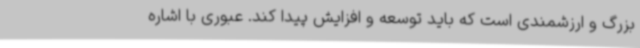
بزرگ و ارزشمندی است که باید توسعه و افزایش پیدا کند. عبوری با اشاره